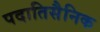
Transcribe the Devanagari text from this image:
पदातिसैनिक